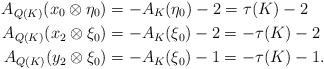
LaTeX: \begin{align*}A_{Q(K)}(x_0 \otimes \eta_0) &= -A_K(\eta_0)-2 = \tau(K) -2 \\A_{Q(K)}(x_2 \otimes \xi_0) &= -A_K(\xi_0)-2 = -\tau(K) -2 \\A_{Q(K)}(y_2 \otimes \xi_0) &= -A_K(\xi_0)-1 = -\tau(K) -1.\end{align*}